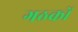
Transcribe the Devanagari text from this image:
गठकों